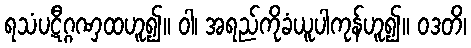
ရသံပဋီဂ္ဂဏှထဟူ၍။ ဝါ၊ အရည်ကိုခံယူပါကုန်ဟူ၍။ ဝဒတိ၊